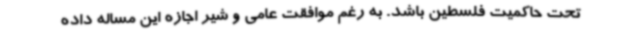
تحت حاکمیت فلسطین باشد. به رغم موافقت عامی و شیر اجازه این مساله داده